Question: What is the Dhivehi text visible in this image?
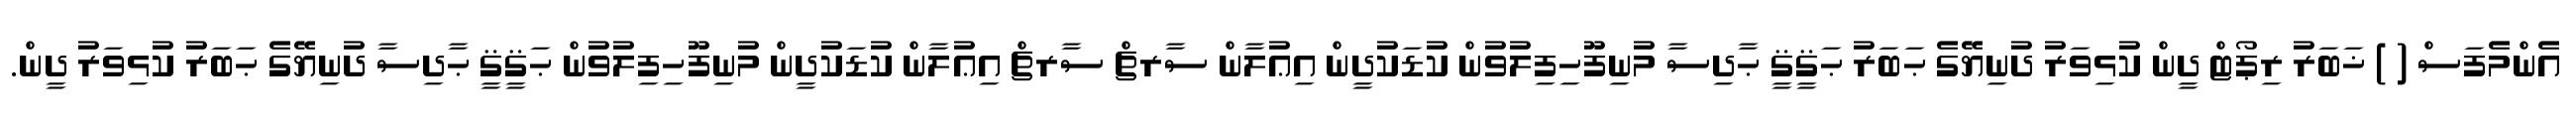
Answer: އެންމެފަސް ( ) ޚަބަރު ރިޕޯޓް ދީން ކުޅިވަރު ދުނިޔޭގެ ޙަބަރު ޙަޤީޤީ ޙާދިސާ މުނިފޫހިފިލުވުން ކުޑަކުދީން އިޢުލާން ސާރޗް ސާރޗް އިޢުލާން ކުޑަކުދީން މުނިފޫހިފިލުވުން ޙަޤީޤީ ޙާދިސާ ދުނިޔޭގެ ޙަބަރު ކުޅިވަރު ދީން.